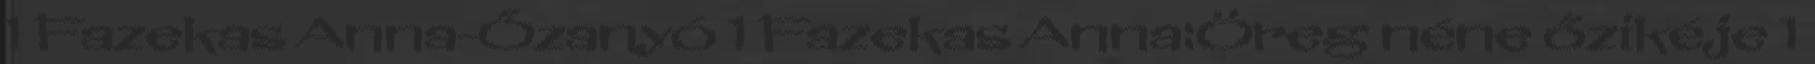
1 Fazekas Anna-Őzanyó 1 Fazekas Anna:Öreg néne őzikéje 1